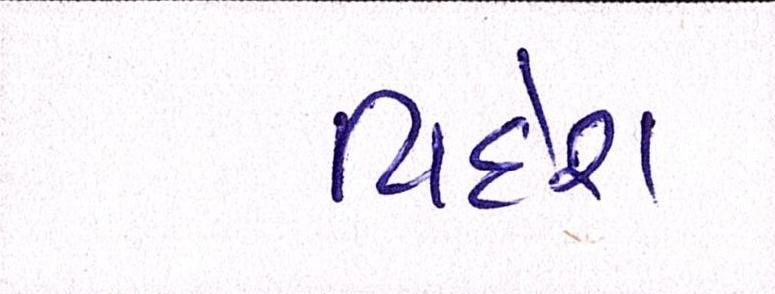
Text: વિદેશ